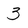
Character: 3